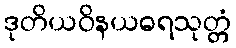
ဒုတိယဝိနယဓရသုတ္တံ